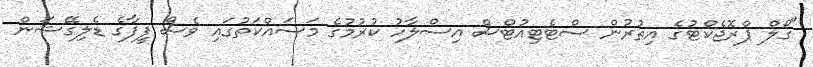
"ގޯލް ޕްރޮޖެކްޓުގެ އިތުރުން ސްޓެޓިއުޓްސް އިސްލާހު ކުރުމުގެ މަސައްކަތުގައި ވެސް ފީފާގެ ޑެލިގޭޝަން